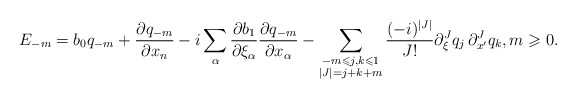
\begin{align*} E_{-m}= b_0q_{-m}+\frac{\partial q_{-m}}{\partial x_n} - i\sum_\alpha\frac{\partial b_1}{\partial \xi_\alpha}\frac{\partial q_{-m}}{\partial x_\alpha} - \sum_{\substack{-m \leqslant j,k \leqslant 1 \\ |J| = j + k + m}} \frac{(-i)^{|J|}}{J !} \partial_{\xi}^{J} q_j\, \partial_{x^\prime}^{J} q_k, m \geqslant 0. \end{align*}